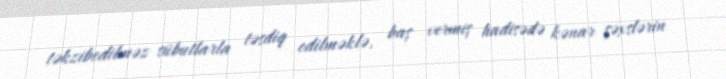
təkzibedilməz sübutlarla təsdiq edilməklə, baş vermiş hadisədə kənar şəxslərin